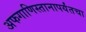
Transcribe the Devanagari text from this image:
अफगाणिस्तानापर्यंतचा